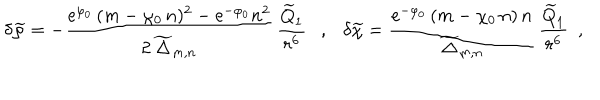
\delta { \widetilde \varphi } = - \frac { \mathrm { e } ^ { \varphi _ { 0 } } \, ( m - \chi _ { 0 } \, n ) ^ { 2 } - \mathrm { e } ^ { - \varphi _ { 0 } } n ^ { 2 } } { 2 \, { \widetilde \Delta } _ { m , n } } \, \frac { { \widetilde Q } _ { 1 } } { r ^ { 6 } } , \delta { \widetilde \chi } = \frac { \mathrm { e } ^ { - \varphi _ { 0 } } \, ( m - \chi _ { 0 } \, n ) \, n } { { \widetilde \Delta } _ { m , n } } \, \frac { { \widetilde Q } _ { 1 } } { r ^ { 6 } } ~ ~ ,